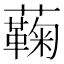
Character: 蘜